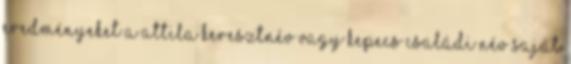
Eredményeket a Attila keresztnév vagy Kepecs családi név saját